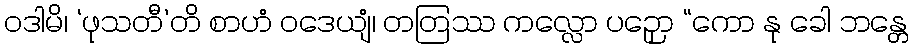
ဝဒါမိ၊ ‘ဖုသတီ’တိ စာဟံ ဝဒေယျံ၊ တတြဿ ကလ္လော ပဉှော “ကော နု ခေါ ဘန္တေ